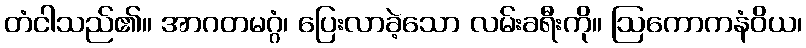
တံငါသည်၏။ အာဂတမဂ္ဂံ၊ ပြေးလာခဲ့သော လမ်းခရီးကို။ ဩကောကနံဝိယ၊